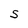
Character: S